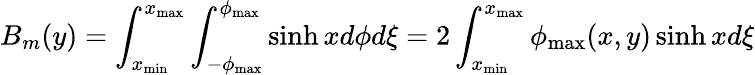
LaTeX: B_{m}(y)=\int_{x_{\operatorname*{min}}}^{x_{\operatorname*{max}}}\int_{-\phi_{\operatorname*{max}}}^{\phi_{\operatorname*{max}}}\sinh xd\phi d\xi=2\int_{x_{\operatorname*{min}}}^{x_{\operatorname*{max}}}\phi_{\operatorname*{max}}(x,y)\sinh xd\xi